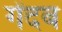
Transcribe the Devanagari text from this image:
गेंदब